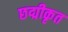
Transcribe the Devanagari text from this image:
छद्मीकृत